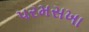
પરમસખા